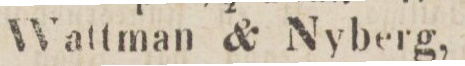
Wattman & Nyberg,